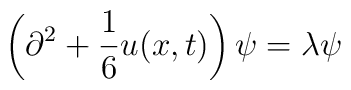
\left(\partial^{2} + {1\over 6} u (x,t)\right) \psi = \lambda \psi